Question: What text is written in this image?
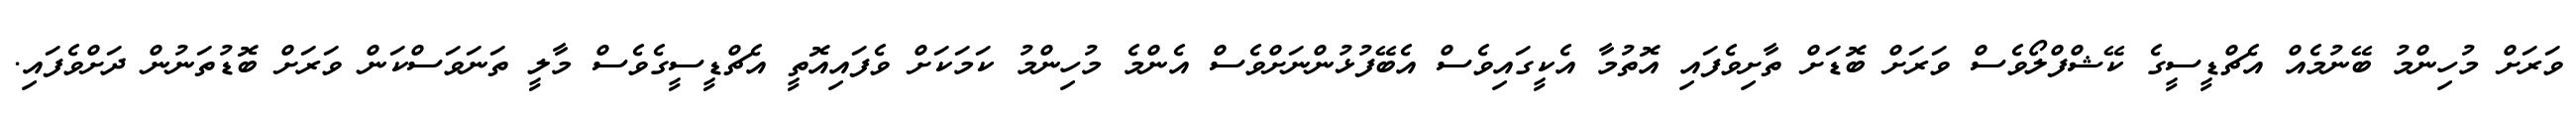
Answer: ވަރަށް މުހިންމު ބޭނުމެއް އެޗްޑީސީގެ ކޭޝްފްލޯވެސް ވަރަށް ބޮޑަށް ތާށިވެފައި އޮތުމާ އެކީގައިވެސް އެބޭފުޅުންނަށްވެސް އެންމެ މުހިންމު ކަމަކަށް ވެފައިއޮތީ އެޗްޑީސީގެވެސް މާލީ ތަނަވަސްކަން ވަރަށް ބޮޑުތަނުން ދަށްވެފައި.